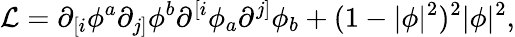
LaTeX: {\cal L}=\partial_{[i}{\phi^{a}}\partial_{j]}{\phi^{b}}\partial^{[i}{\phi_{a}}\partial^{j]}{\phi_{b}}+(1-|\phi|^{2})^{2}|\phi|^{2},